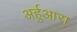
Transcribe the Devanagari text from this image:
अर्हुआरा